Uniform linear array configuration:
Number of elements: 64
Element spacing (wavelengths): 0.75
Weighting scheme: uniform
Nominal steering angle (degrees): -15
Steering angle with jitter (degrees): -13.968
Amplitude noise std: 0.05
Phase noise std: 0.05

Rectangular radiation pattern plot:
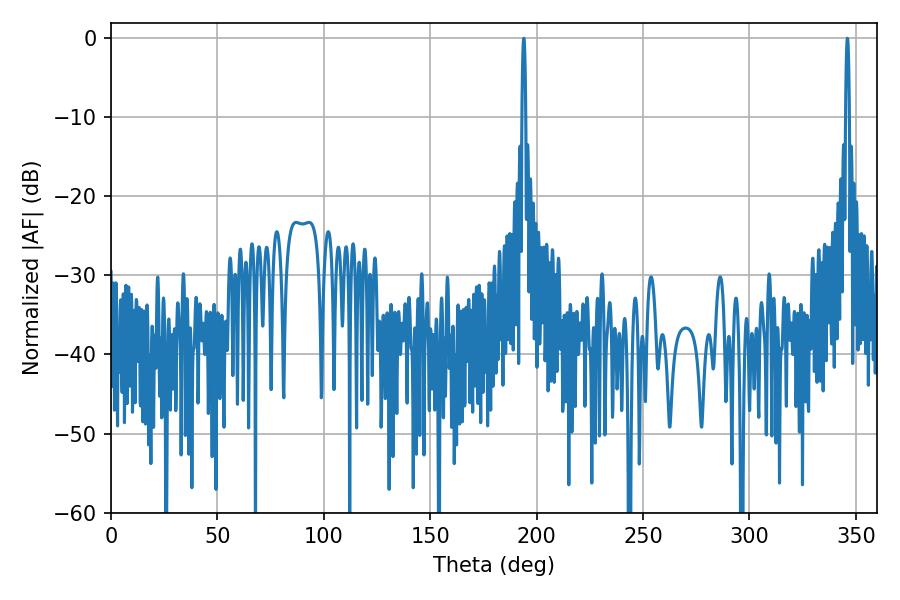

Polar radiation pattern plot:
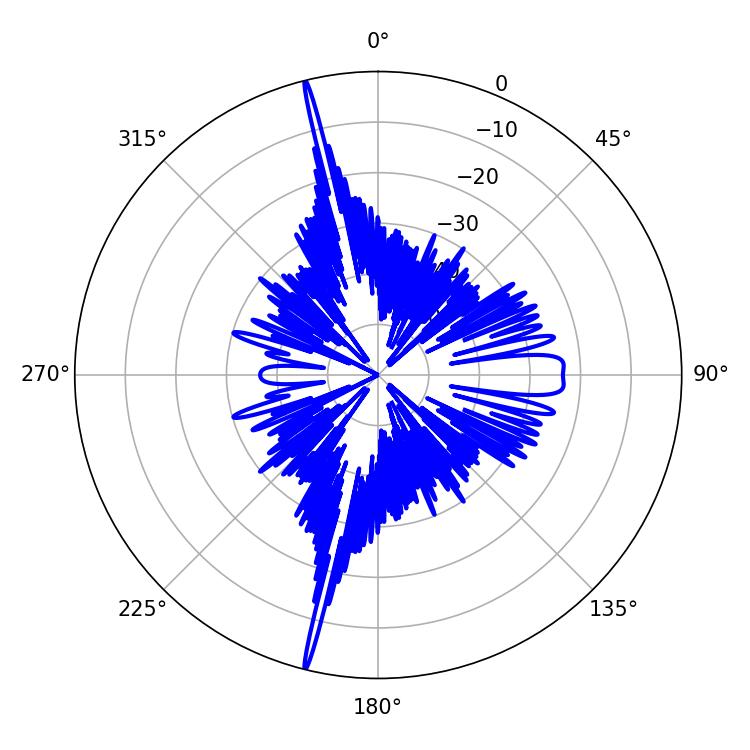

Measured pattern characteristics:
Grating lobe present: TRUE
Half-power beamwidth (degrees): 0.9
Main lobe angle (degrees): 345.96